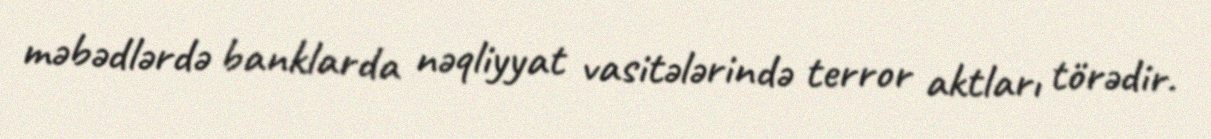
məbədlərdə banklarda nəqliyyat vasitələrində terror aktları törədir.